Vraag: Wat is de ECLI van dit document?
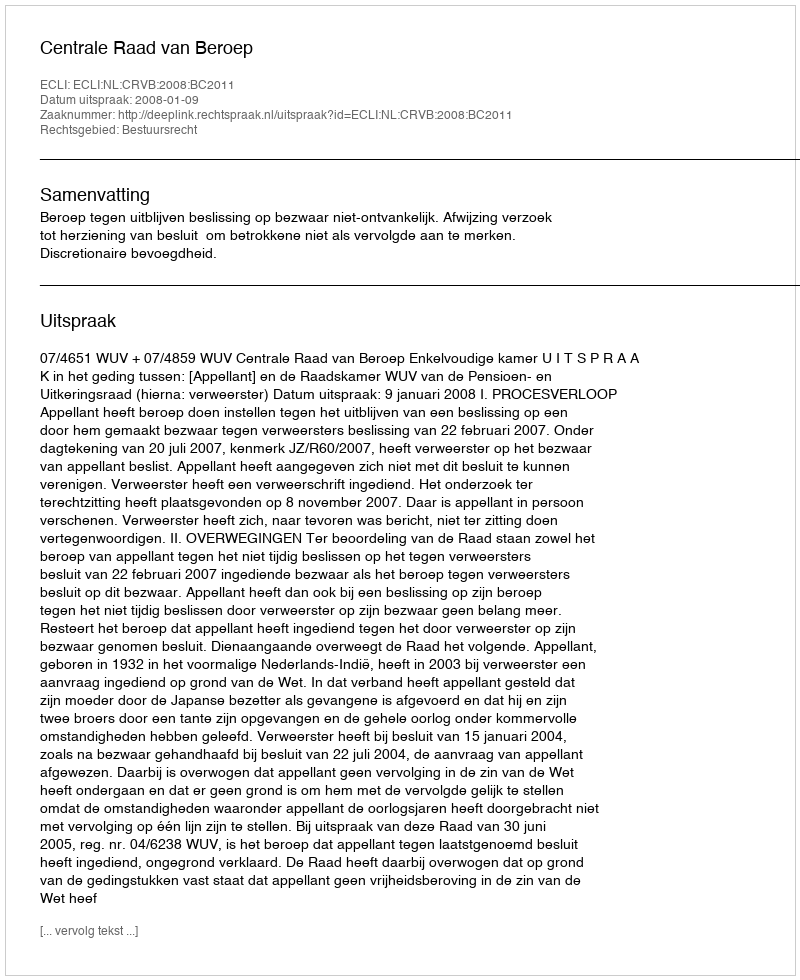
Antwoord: ECLI:NL:CRVB:2008:BC2011